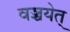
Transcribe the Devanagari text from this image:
वञ्चयेत्